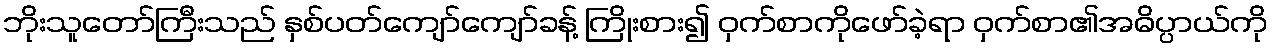
ဘိုးသူတော်ကြီးသည် နှစ်ပတ်ကျော်ကျော်ခန့် ကြိုးစား၍ ဝှက်စာကိုဖော်ခဲ့ရာ ဝှက်စာ၏အဓိပ္ပာယ်ကို